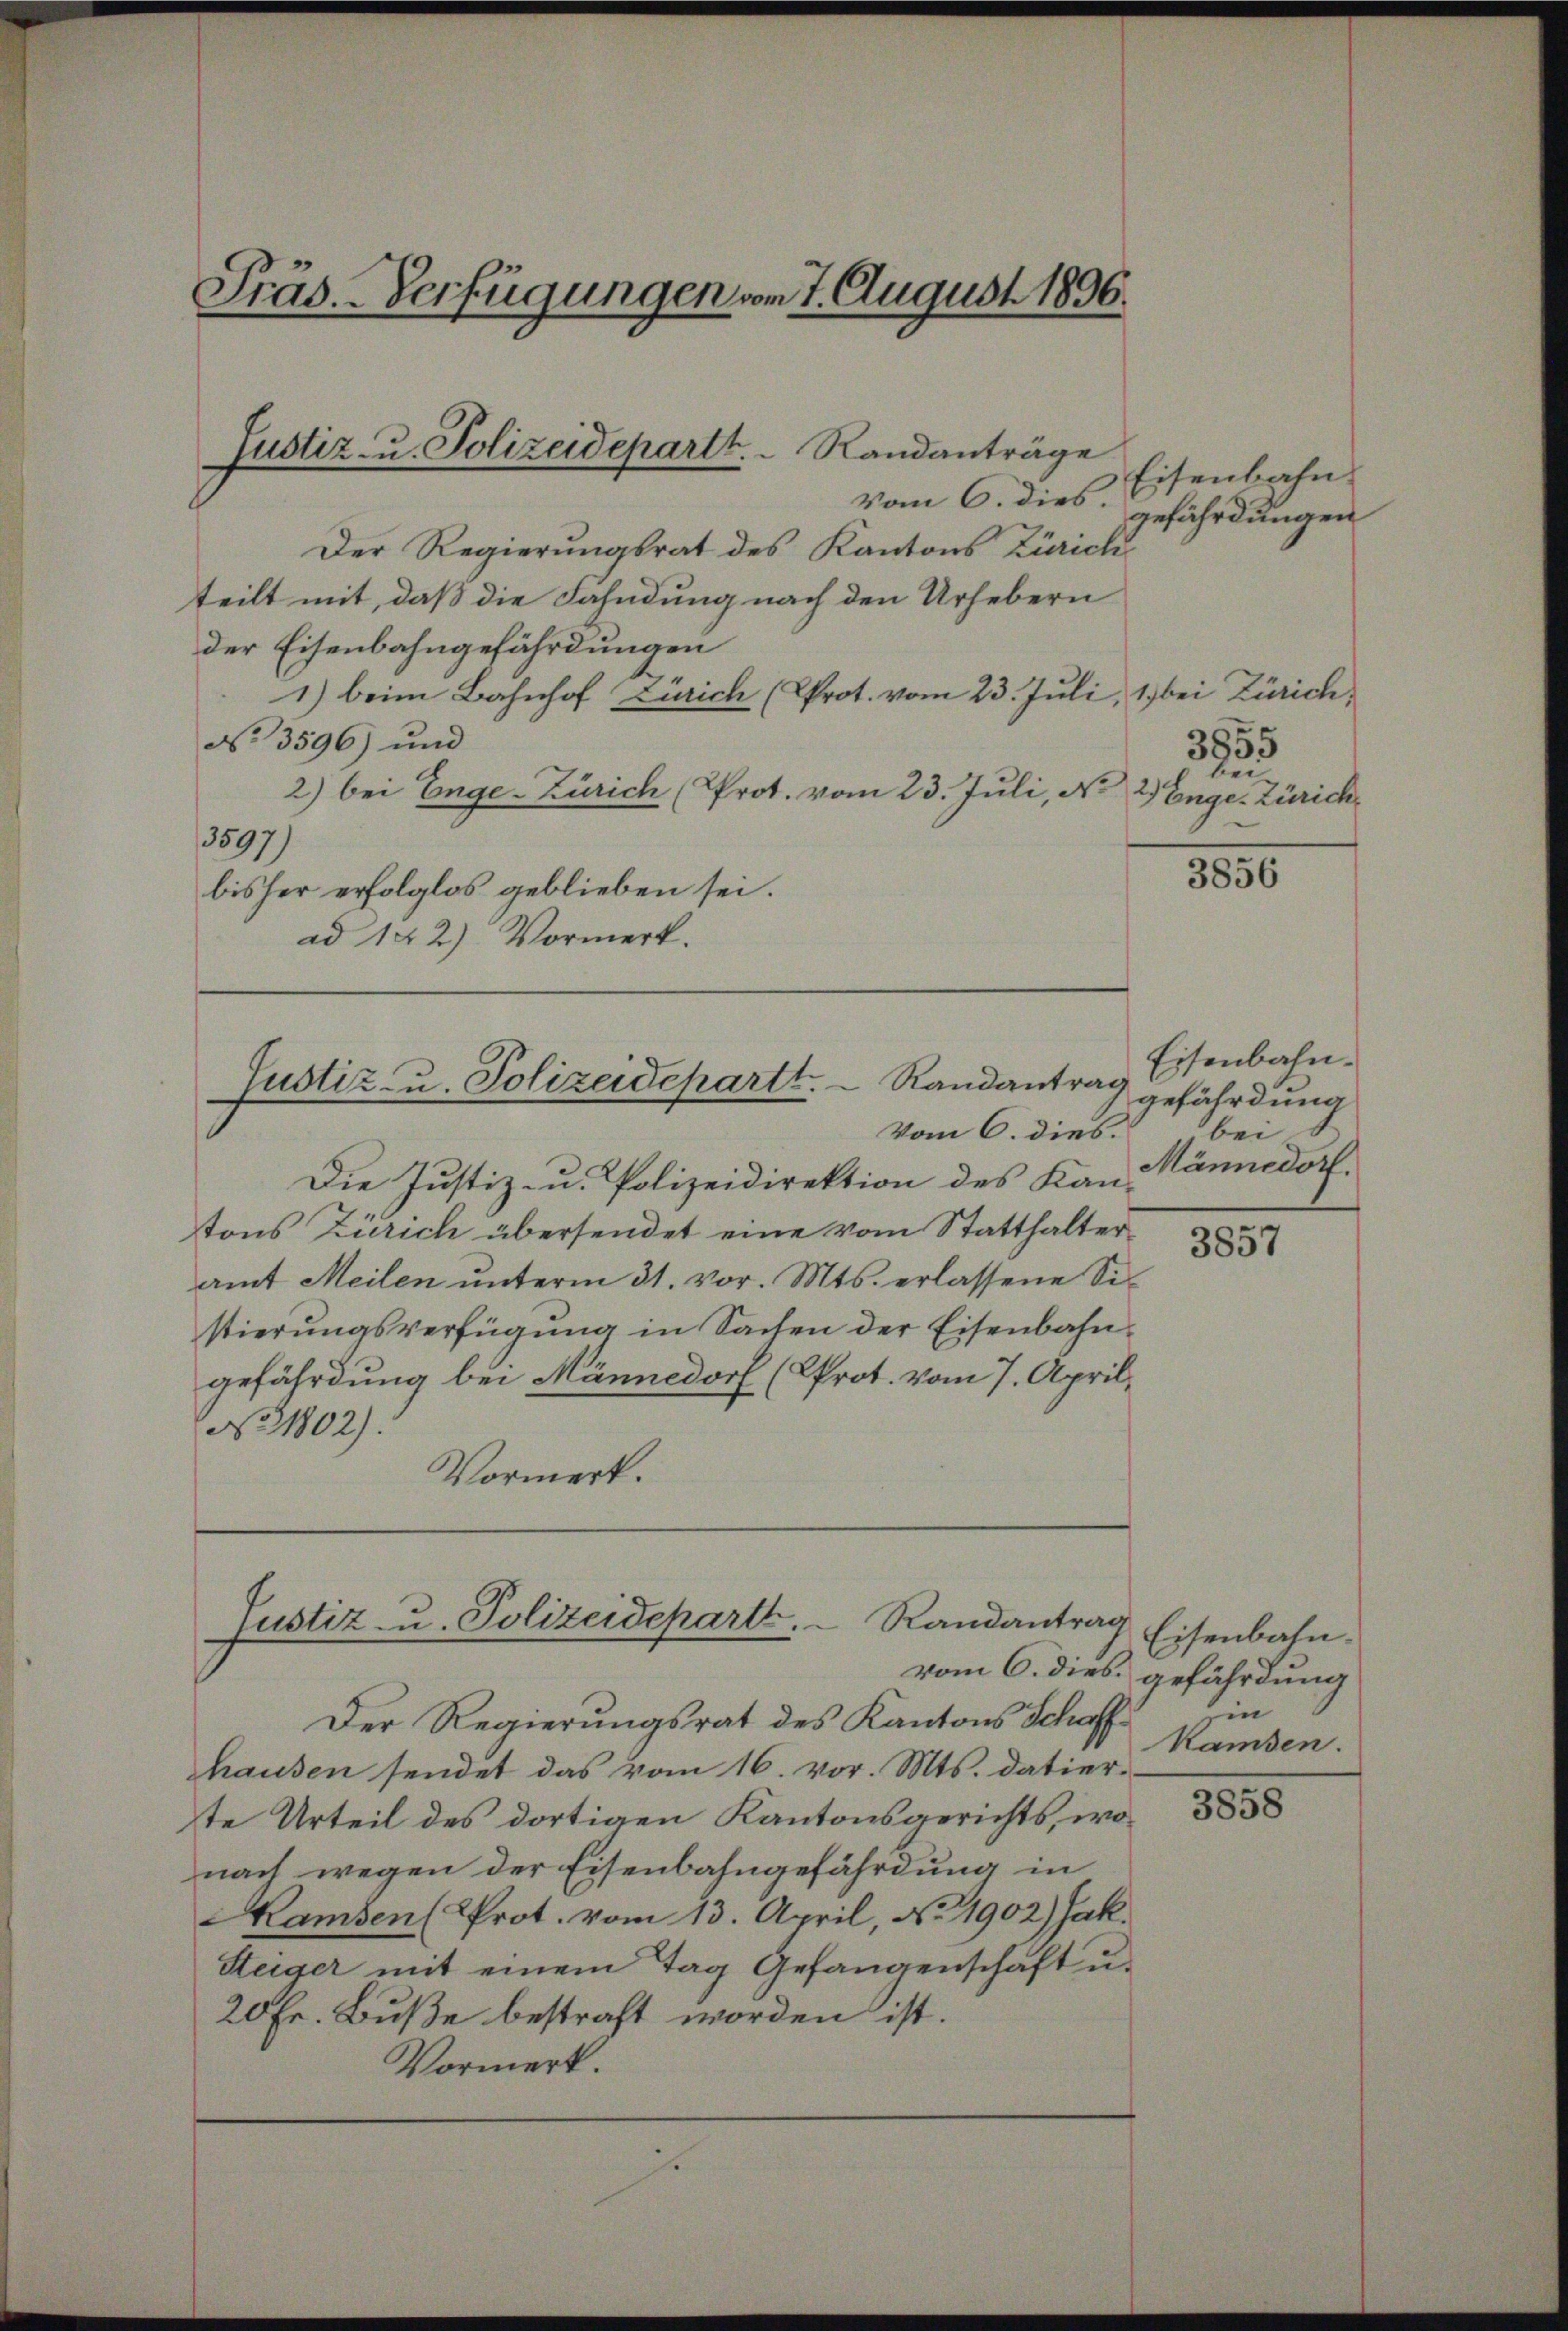
Präs.-Verfügungen vom 7. August 1896.

vom 6. dies
Der Regierungsrat des Kantons Zürich
teilt mit, daß die Fahndung nach den Urhebern
der Eisenbahngefährdungen
1) beim Bahnhof Zürich (Prot. vom 23. Juli, 1 bei Zürich,
No 3596) und
2) bei Enge-Zürich (Prot. vom 23. Juli, No 2 Enge. Zürich
3597)
bisher erfolglos geblieben sei.
ad 142) Vormerk.

Justiz- u. Polizeidepartt.  Randanträge

Die Justiz- u. Polizeidirektion des Kan-
tons Zürich übersendet eine vom Statthalteramt Meilen unterm 31. vor. Mts. erlassene Sistierungsverfügung in Sachen der Eisenbahngefährdung bei Männedorf (Prot. vom 7. April,
No 1802).
Vormerk.

Justiz- u. Polizeidepartt.  Randantrag
vom 6. dies

Randantrag
Justiz- u. Polizeidepart.
vom 6. dies.

Der Regierungsrat des Kantons Schaffhausen sendet das vom 16. vor. Mts. datier-
te Urteil des dortigen Kantonsgerichts, wonach wegen der Eisenbahngefährdung in
Kamsen (Prot. vom 13. April, No 1902) Jak.
Steiger mit einem Tag Gefangenschaft u.
20 Fr. Buße bestraft worden ist.
Vormerk.

Eisenbahn
gefährdungen

3855
bei

3856

Eisenbahngefährdung
bei
Männedorf.

3857

Eisenbahn.
gefährdung
hin
Kamsen.

3858